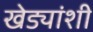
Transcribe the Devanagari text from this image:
खेड्यांशी